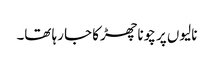
نالیوں پر چونا چھڑکا جا رہا تھا۔